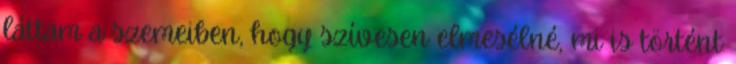
láttam a szemeiben, hogy szívesen elmesélné, mi is történt